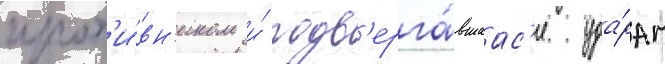
прот'и́вн'иком и́ подв'ерга́вшаас'я уда́рам